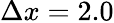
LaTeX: \Delta x=2.0